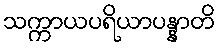
သက္ကာယပရိယာပန္နာတိ